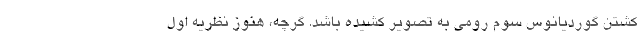
کشتن گوردیانوس سوم رومی به تصویر کشیده باشد. گرچه، هنوز نظریه اول